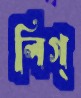
লিগ্